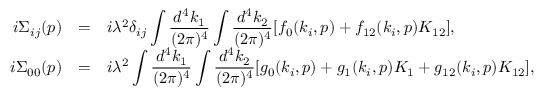
\begin{array} { r c l } { { i \Sigma _ { i j } ( p ) } } & { { = } } & { { \displaystyle i \lambda ^ { 2 } \delta _ { i j } \int \frac { d ^ { 4 } k _ { 1 } } { ( 2 \pi ) ^ { 4 } } \int \frac { d ^ { 4 } k _ { 2 } } { ( 2 \pi ) ^ { 4 } } [ f _ { 0 } ( k _ { i } , p ) + f _ { 1 2 } ( k _ { i } , p ) K _ { 1 2 } ] , } } \\ { { i \Sigma _ { 0 0 } ( p ) } } & { { = } } & { { \displaystyle i \lambda ^ { 2 } \int \frac { d ^ { 4 } k _ { 1 } } { ( 2 \pi ) ^ { 4 } } \int \frac { d ^ { 4 } k _ { 2 } } { ( 2 \pi ) ^ { 4 } } [ g _ { 0 } ( k _ { i } , p ) + g _ { 1 } ( k _ { i } , p ) K _ { 1 } + g _ { 1 2 } ( k _ { i } , p ) K _ { 1 2 } ] , } } \end{array}